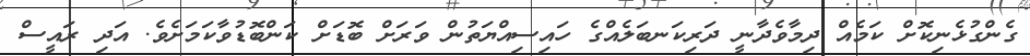
ގެންގުޅެނިކޮށް ކަމެއް ދިމާވެދާނީ ދަރިކަނބަލެއްގެ ހައިސިއްޔަތުން ވަރަށް ބޮޑަށް ކަންބޮޑުވާކަމަށެވެ. އަދި ރައީސް